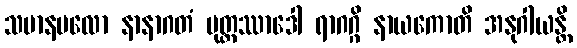
သမာနဗလော နာနာဂတံ မုတ္တဿာဒေါ ရာဂဂ္ဂိ နာယကောတိ အနုဂါယန္တိ